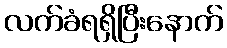
လက်ခံရရှိပြီးနောက်